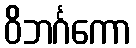
ဝိဘင်္ဂကော